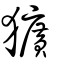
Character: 獷